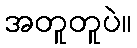
အတူတူပဲ။